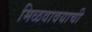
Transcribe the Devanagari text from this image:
मिळवावयाची